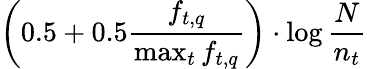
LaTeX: \left(0.5+0.5{\frac{f_{t,q}}{\operatorname*{max}_{t}f_{t,q}}}\right)\cdot\log{\frac{N}{n_{t}}}